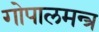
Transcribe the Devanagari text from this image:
गोपालमन्त्र